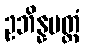
ဥဘိန္နမတ္ထံ